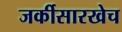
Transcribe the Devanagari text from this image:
जर्कीसारखेच